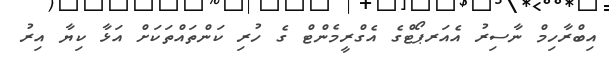
އިބްރާހިމް ނާސިރު އެއަރޕޯޓްގެ އެގްރީމެންޓް ގެ ހުރި ކަންތައްތަކަށް އަޅާ ކިޔާ އިރު